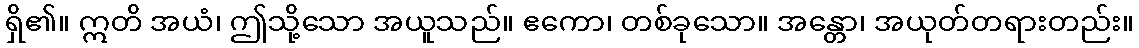
ရှိ၏။ ဣတိ အယံ၊ ဤသို့သော အယူသည်။ ဧကော၊ တစ်ခုသော။ အန္တော၊ အယုတ်တရားတည်း။